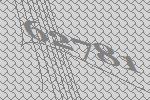
62781